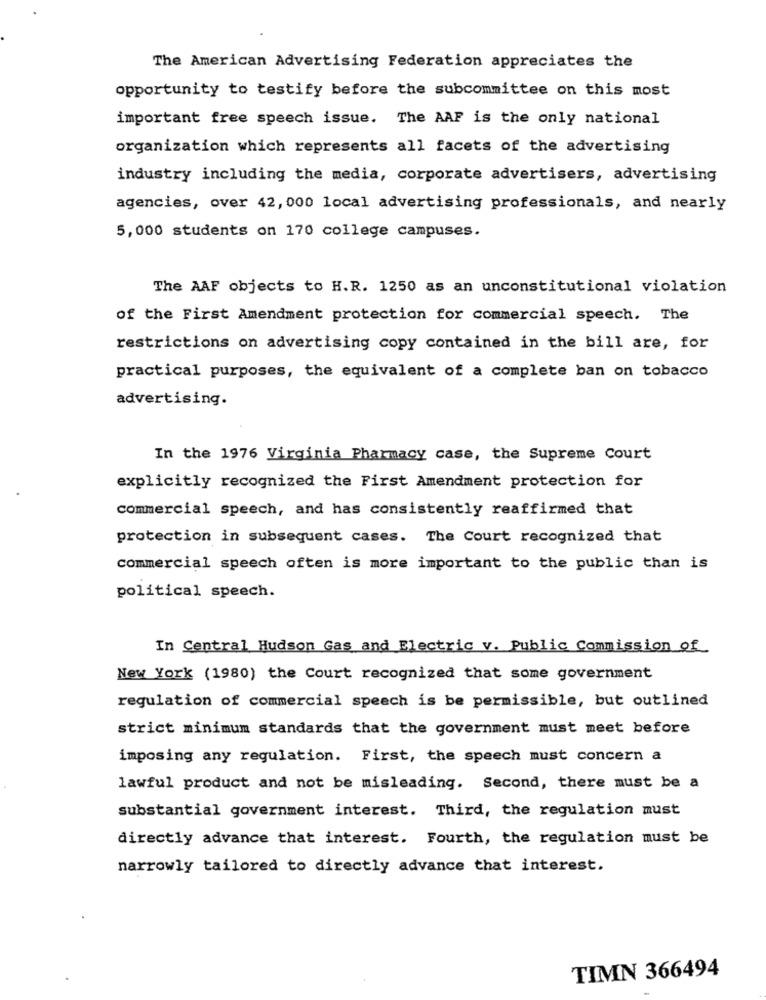
The American Advertising Federation appreciates the
opportunity to testify before the subcommittee on this most
important free speech issue. The AAF is the only national
organization which represents all facets of the advertising
industry including the media, corporate advertisers, advertising
agencies, over 42, 000 local advertising professionals, and nearly
5,000 students on 170 college campuses.
The AAF objects to H.R. 1250 as an unconstitutional violation
of the First Amendment protection for commercial speech. The
restrictions on advertising copy contained in the bill are, for
practical purposes, the equivalent of a complete ban on tobacco
advertising.
In the 1976 Virginia Pharmacy case, the Supreme Court
explicitly recognized the First Amendment protection for
commercial speech, and has consistently reaffirmed that
protection in subsequent cases. The Court recognized that
commercial speech often is more important to the public than is
political speech.
In Central Hudson Gas and Electric v. Public Commission of
New York (1980) the Court recognized that some government
regulation of commercial speech is be permissible, but outlined
strict minimum standards that the government must meet before
imposing any regulation. First, the speech must concern a
lawful product and not be misleading. Second, there must be a
substantial government interest. Third, the regulation must
directly advance that interest. Fourth, the regulation must be
narrowly tailored to directly advance that interest.
TIMN 366494